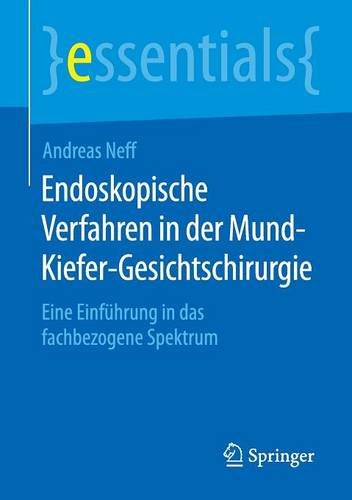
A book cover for Endoskopische Verfahren in der Mund-Kiefer-Gesichtschirurgie: Eine EinfÃ¼hrung in das fachbezogene Spektrum (essentials) (German Edition); Andreas Neff; Medical Books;